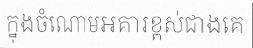
ក្នុងចំណោមអគារខ្ពស់ជាងគេ